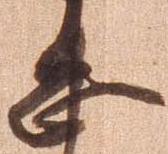
忠